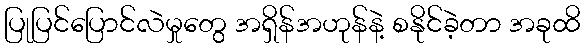
ပြုပြင်ပြောင်လဲမှုတွေ အရှိန်အဟုန်နဲ့ စနိုင်ခဲ့တာ အခုထိ